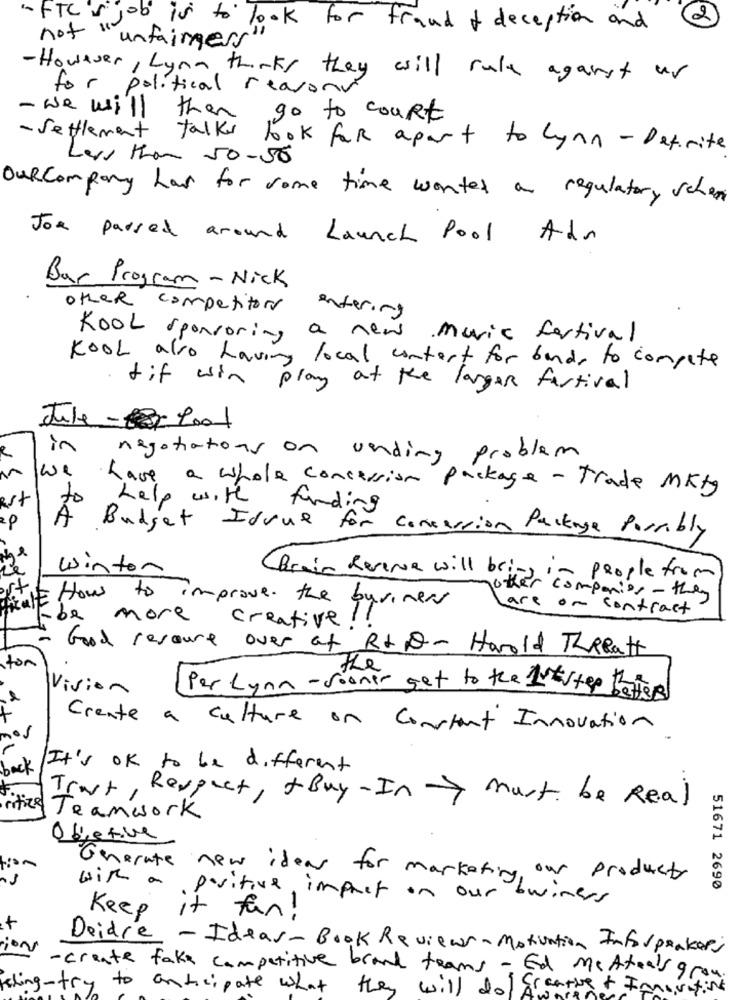
-FTC S
2
not " is to look for fraud of deception and
"unfairness"
-However, Lynn thinks they will rule against us
for political reasonv
- we will then go to court
- Settlement talks
far apart to lynn - Definite
Less than 50-50
Ourcompany has for some time wonter a regulatory schen
Joe passed around Launch Pool Adr
Bar Program- Nick
other competitors
entering
Kool sponsoring a new Music festival
Kool also having local contact for bands to compete
tif win play at the larger festival
Jule -tool
in
negotiations on unding problem
we have a whole concession package - Trade MKtg
Rst
A
help with funding
29
Budget Idvue for consession Package Possibly
Le
winton
C Brain Revenue will bring in people from
other companies - they
THE How to improve the business
are on contract
be more
creative ! !
Good resource over at Rt D- Harold Treatt
stor
Vision
Per Lynn - sooner get to the 1ststep baters
Create a culture on Constant Innovation
nos
back
It's ok to be different
Trat, Respect, + Buy- In must be Real
ritized
Teamwork
Objetive
Generate new ideas for marketing, our products
51671 2690
with a positive impact on our business
Keep it fun!
ion
Deidre -Ideas-Book Reviews- Motivation Inforponkers
- create fake competitive brand teams - Ed me Atoals grou.
feling-try to anticipate what they will dol creative + Immorating